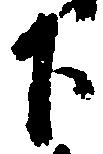
下